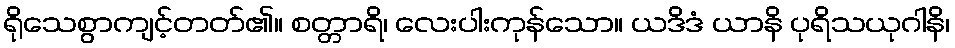
ရိုသေစွာကျင့်တတ်၏။ စတ္တာရိ၊ လေးပါးကုန်သော။ ယဒိဒံ ယာနိ ပုရိသယုဂါနိ၊